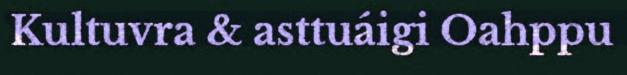
Kultuvra & asttuáigi Oahppu